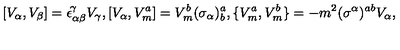
[ V _ { \alpha } , V _ { \beta } ] = \epsilon _ { \alpha \beta } ^ { \! \gamma } V _ { \gamma } , [ V _ { \alpha } , V _ { m } ^ { a } ] = V _ { m } ^ { b } ( \sigma _ { \alpha } ) _ { b } ^ { a } , \{ V _ { m } ^ { a } , V _ { m } ^ { b } \} = - m ^ { 2 } ( \sigma ^ { \alpha } ) ^ { a b } V _ { \alpha } ,